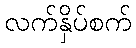
လက်နှိပ်စက်